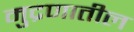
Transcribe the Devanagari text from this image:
मुद्रणातील